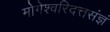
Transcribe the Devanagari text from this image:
मोगेश्वरिदत्तसंज्ञं